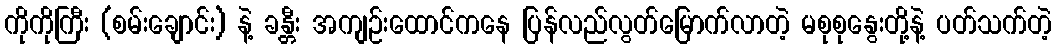
ကိုကိုကြီး (စမ်းချောင်း) နဲ့ ခန္တီး အကျဉ်းထောင်ကနေ ပြန်လည်လွတ်မြောက်လာတဲ့ မစုစုနွေးတို့နဲ့ ပတ်သက်တဲ့